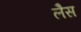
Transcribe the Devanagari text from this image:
लेैस